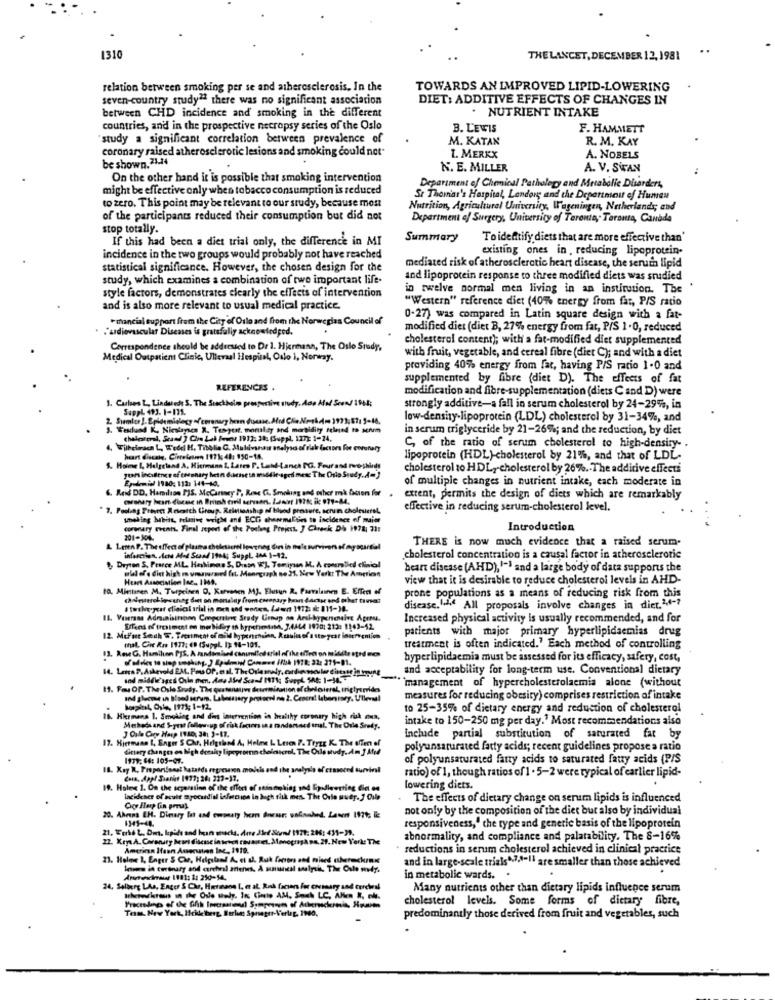
1310
THELANCET, DECEMBER 12, 1981
relation between smoking per se and atherosclerosis. In the
TOWARDS AN IMPROVED LIPID-LOWERING
seven-country study" there was no significant association
DIET: ADDITIVE EFFECTS OF CHANGES IN
between CHD incidence and smoking in the different
. NUTRIENT INTAKE
countries, and in the prospective necropsy series of the Oslo
B. LEWIS
F. HAMMETT
study a significant correlation between prevalence of
M. KATAN
R. M. KAY
coronary raised atherosclerotic lesions and smoking could not.
be shown. 21.24
1. MERKX
A. NOBELS
N. E. MILLER
A. V. SWAN
On the other hand it is possible that smoking intervention
might be effective only when tobacco consumption is reduced
Department of Chemical Pathology and Metabolic Disorders,
St Thomas's Hospital, London; and the Department of Human
to zero. This point may be relevant to our study, because most
Nutrition, Agricultural University, Wageningen, Netherlands; and
of the participants reduced their consumption but did not
Department of Surgery, University of Toronto ,; Toronto, Canada
stop totally.
If this had been a diet trial only, the difference in MI
Summary
Toidentify diets that are more effective than'
existing ones in, reducing lipoprotein-
incidence in the two groups would probably not have reached
statistical significance. However, the chosen design for the
mediated risk of atherosclerotic heart disease, the seruin lipid
study, which examines a combination of two important life.
and lipoprotein response to three modified diets was studied
in twelve normal men living in an institution. The
style factors, demonstrates clearly the effects of intervention
"Western" reference diet (40%% energy from fat, P/S ratio
and is also more relevant to usual medical practice.
*mancial support fram the City of Oslo and from the Norwegian Council of
0-27) was compared in Latin square design with a fat-
."sidiovascular Diseases is gratefully acknowledged.
modified diet (diet B, 27% energy from fat, P/S 1.0, reduced
cholesterol content); with a fat-modified diet supplemented
Correspondence should be addressed to Dr 1. Hiereuna, The Oslo Study,
Medical Outpatient Clinic, Ullevaal Hospital, Oslo , Norway.
with fruit, vegetable, and cereal fibre (diet C); and with a diet
providing 40% energy from fat, having P/S ratio 1.0 and
supplemented by fibre (diet D). The effects of fat
REFERENCES .
modification and fibre-supplementation (diets C and D) were
1. Culos _ Lindendi S. The Stockholm prospective study. doo Ala Scon/ IPAls
strongly additive-a fall in serum cholesterol by 24-29%, in
SuppL 493. 1-175.
low-density lipoprotein (LDL) cholesterol by 31-34%, and
3. Westlund K, Nicslagscs X. Tempest, mortality and morbidity felmed to senmm
in serum triglyceride by 21-26%; and the reduction, by diet
cholesterol, Scamdd ) Che Lab Fewen 1912: 28: (Suppl, 127): 1-24.
Tilheirach L, W'edel H. Tibolie G. Mulivanais analyses of risk factors for coronary
C, of the ratio of serum cholesterol to high-density- .
heart discain, Cirrelesen 1171; 48: 950-14.
lipoprotein (HDL)-cholesterol by 21%, and that of LDL-
S. Holose I, Helgeland A, Hiermann L. Lates P. Lebt-Lanch PG. Four and red-shirdi
cholesterol to HDL, cholesterol by 26% .- The additive effects
years incidence of ceesnary hein ductse in middle-aged mese The Oslo Study. = )
E,Jemid 1980: 112: 141-10.
of multiple changes in nutrient intake, each moderate in
6. Reid DD. Hamilton PIS, McCartney P, Rose G. Smoking and other m& Scien for
extent, permits the design of diets which are remarkably
" 7. Fooling Prinect Antcatch Group. Relationship of biyod pressure, senin cholesterol,
effective in reducing serum-cholesterol level.
unoling habits, relative welche and ECC chesemalors to incidence of maist
coronary ments. Final report of the Poolang Project. J Chreck Di 1978, 71:
Introduction
201-104.
THERE is now much evidence that a raised serum.
9, Degron S. Pearce ML, Hashimas S, Disan W'], Temipsen M. A coeurstici clinical
infarction, . Ich And Stand 1984; SuppL 444 1-12.
cholesterol concentration is a causal factor in atherosclerotic
ull of . die high munnused fit. Monograph no 25. New York: The American
heart disease (AHD), 1-1 and a large body of data supports the
Heart Association [az .. 119,
view that it is desirable to reduce cholesterol levels in AHD-
to, Mintanen M. Turpeinen O. Kervenen MJ. Elusun R. Parvalainen E. Effer of
prone populations as a means of reducing risk from this
# totheyear clinical trial in men and works, Lawn 1972: i: 115-30.
disease. 1.44 All proposals involve changes in diet.14 -?
11. Veerans Adminisingen Conperine Seady Genap an Ansi-bypenmaive Aperu.
Increased physical activity is usually recommended, and for
Sfans of frosimest on mobily In hyperimassa, 3,4444 1920: 212: 1143-52
patients with major primary hyperlipidsemias drug
12. Mcint Sech w. Treatment of will hypension. Results of a storycar intervention
13. ReweG, Humsilen PIS. A randomised canumlled ariel of the effet on niddte stid res
thal. Cir Rus 1977: 49 (SupyL I): 98-105.
treatment is often indicated." Each method of controlling
of'odelen to sinp sophung. ) Epidemiol Comme Abh 1978: 22: 275-01.
hyperlipidaemia must be assessed for its efficacy, safery, cost,
14. Lens P.Asdevold EM, Fou OP. enal. The Oriesly. ordemsoler threat is hoping
and acceptability for long-term use. Conventional dietary
und middle ages Ovin men. Amp Ated Scand INTA; Suppl SE: 1-14.
management of hypercholesterolacmia alone (without
11. Fau Of. The Oule Sredy. The quaseneuve deirmination of choloieraL triglycerides
and glucme in blood serum, Labessery protocol no 2. Ceneral laborisry. Ullevi!
measures for reducing obesity) comprises restriction of intake
boraibel, Oste, 1974; 1-12.
to 25-35% of dietary energy and reduction of cholesterol
16. Hiermans 1. Smoking and din intervention in healthy coronary high risk mun,
intake to 150-250 mg per day." Most recommendations also
Methodsand S-post follow-up of risk factors in a randomand trial. The Orie Sredy.
17. Hiermann I, Enger S Chr. Helgebod A, Helme L Lesen 7. Tryzr K. The ofim of
J Oule Cary Hasp 1110: 30: 3-17.
include partial substitution of saturated fat by
Gitary changes es high density lipopromin cholesterol, The Oule study. Am ] Atif
polyunsaturated fatty acids; recent guidelines propose a ratio
1979; 64: 105-07.
of polyunsaturated fatty acids to saturated fatty acids (PIS
18. Kay R. Proportional hatards regression models and the analysis of cimsoced survival
ratio) of 1, though ratios of 1 . 5-2 were typical of earlier lipid-
Coin. App! Saanie 1979: 26: 227-17.
19. Holme 1. On the separation of the effect of stinnoking and Epodleerting Gic os
lowering diets.
incidener of acute myocardial infection in high risk men. The Oule wuer. ] Cale
The effects of dietary change on serum lipids is influenced
not only by the composition of the diet but also by individual
1341-44.
responsiveness," the type and genetic basis of the lipoprotein
21. Fotó L. Dwt. kpids and kaan snacks. die Jke( 3km/ 1970: 206: 439-39.
22 XeyeA. Coronary besei disease in seven rosaureL. MmegrigAna.29. New York: The
abnormality, and compliance and palatability. The 8-16%
American Haen Asserviren Ine, 1910.
reductions in serum cholesterol achieved in clinical practice
21. Helme 1, Enger S Cir, Helpiland A. et d. Ruk factor and mieć cherchons
and in large-scale trials4.7,1-Il are smaller than those achieved
Inimw in tweenary and cercheal anee, A sununeal analysis, The Oslo windy.
Ancesrimane 1181: 1: 250-54.
in metabolic wards. .
24. Solberg LAs. Enger S Chr, Heeteane I. a al. Ruk Cacon For entary and cercheil
Many nutrients other than dietary lipids influence serum
cholesterol levels. Some forms of dietary fibre,
Tem, New York, Ickdetherg, Berka; Sposager-Verlag, 1940,
predominantly those derived from fruit and vegetables, such